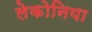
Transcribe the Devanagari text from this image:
लेकोनिया